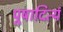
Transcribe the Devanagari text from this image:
पूषादित्यं